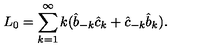
L _ { 0 } = \sum _ { k = 1 } ^ { \infty } k ( \hat { b } _ { - k } \hat { c } _ { k } + \hat { c } _ { - k } \hat { b } _ { k } ) .